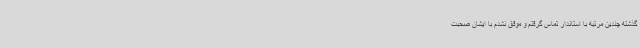
گذشته چندین مرتبه با استاندار تماس گرفتم و موفق نشدم با ایشان صحبت